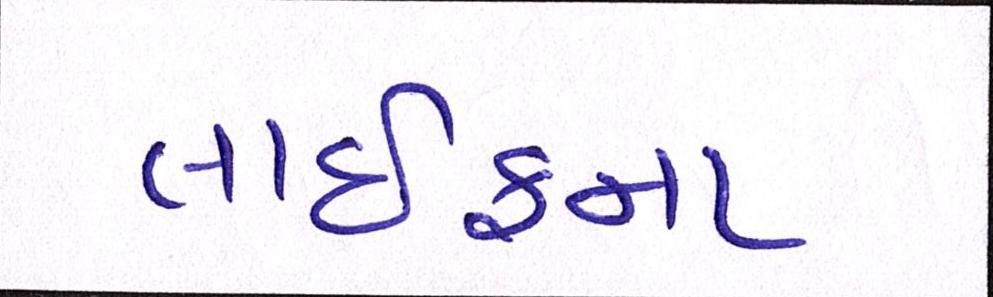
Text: લાઈફના